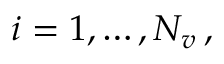
i = 1 , \dots , N _ { v } \, ,